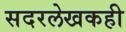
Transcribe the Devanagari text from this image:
सदरलेखकही